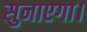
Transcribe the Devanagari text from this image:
सुनाएगा।